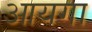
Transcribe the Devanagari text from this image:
आयगा